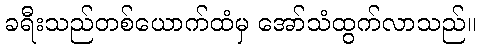
ခရီးသည်တစ်ယောက်ထံမှ အော်သံထွက်လာသည်။